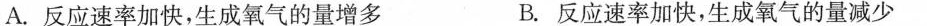
A.反应速率加快，生成氧气的量增多 B.反应速率加快，生成氧气的量减少